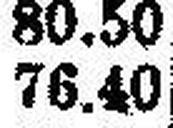
76.40